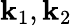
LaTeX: \mathbf{k}_{1},\mathbf{k}_{2}